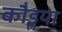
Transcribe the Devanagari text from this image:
कौडॢया